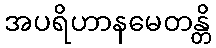
အပရိဟာနမေတန္တိ